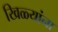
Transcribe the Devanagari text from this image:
खिळ्यांना